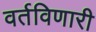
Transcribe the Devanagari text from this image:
वर्तविणारी